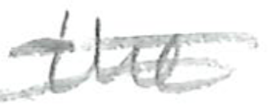
Text: the
Cross-out: double-line
Writing tool: pencil